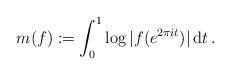
LaTeX: \begin{align*}m(f) := \int_0^1 \log|f(e^{2\pi it})|\,{\rm d}t\,. \end{align*}